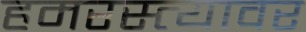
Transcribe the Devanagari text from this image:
हमरस्त्यावर